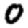
Digit: 0